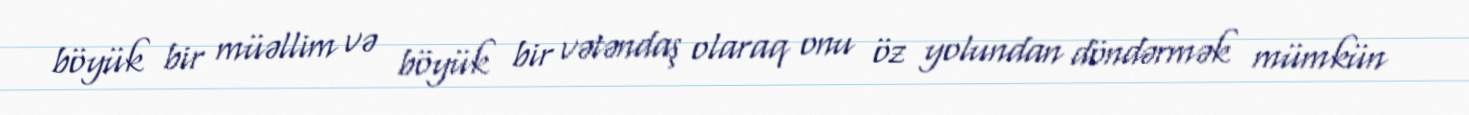
böyük bir müəllim və böyük bir vətəndaş olaraq onu öz yolundan döndərmək mümkün